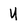
Character: U